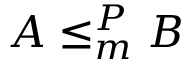
A \leq _ { m } ^ { P } B